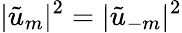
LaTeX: |\tilde{u}_{m}|^{2}=|\tilde{u}_{-m}|^{2}